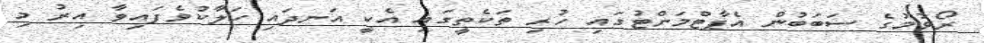
ރޯވުމުގެ ސަބަަބުން އެޕާޓްމަންޓުގައި ހުރި ތަކެތީގައި އެކީ އަނދައި ހަލާކުވެފައިވާ އިރު މި